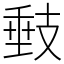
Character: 㩾